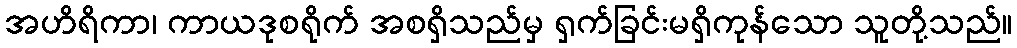
အဟိရိကာ၊ ကာယဒုစရိုက် အစရှိသည်မှ ရှက်ခြင်းမရှိကုန်သော သူတို့သည်။